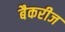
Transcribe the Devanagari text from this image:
बैकरीज